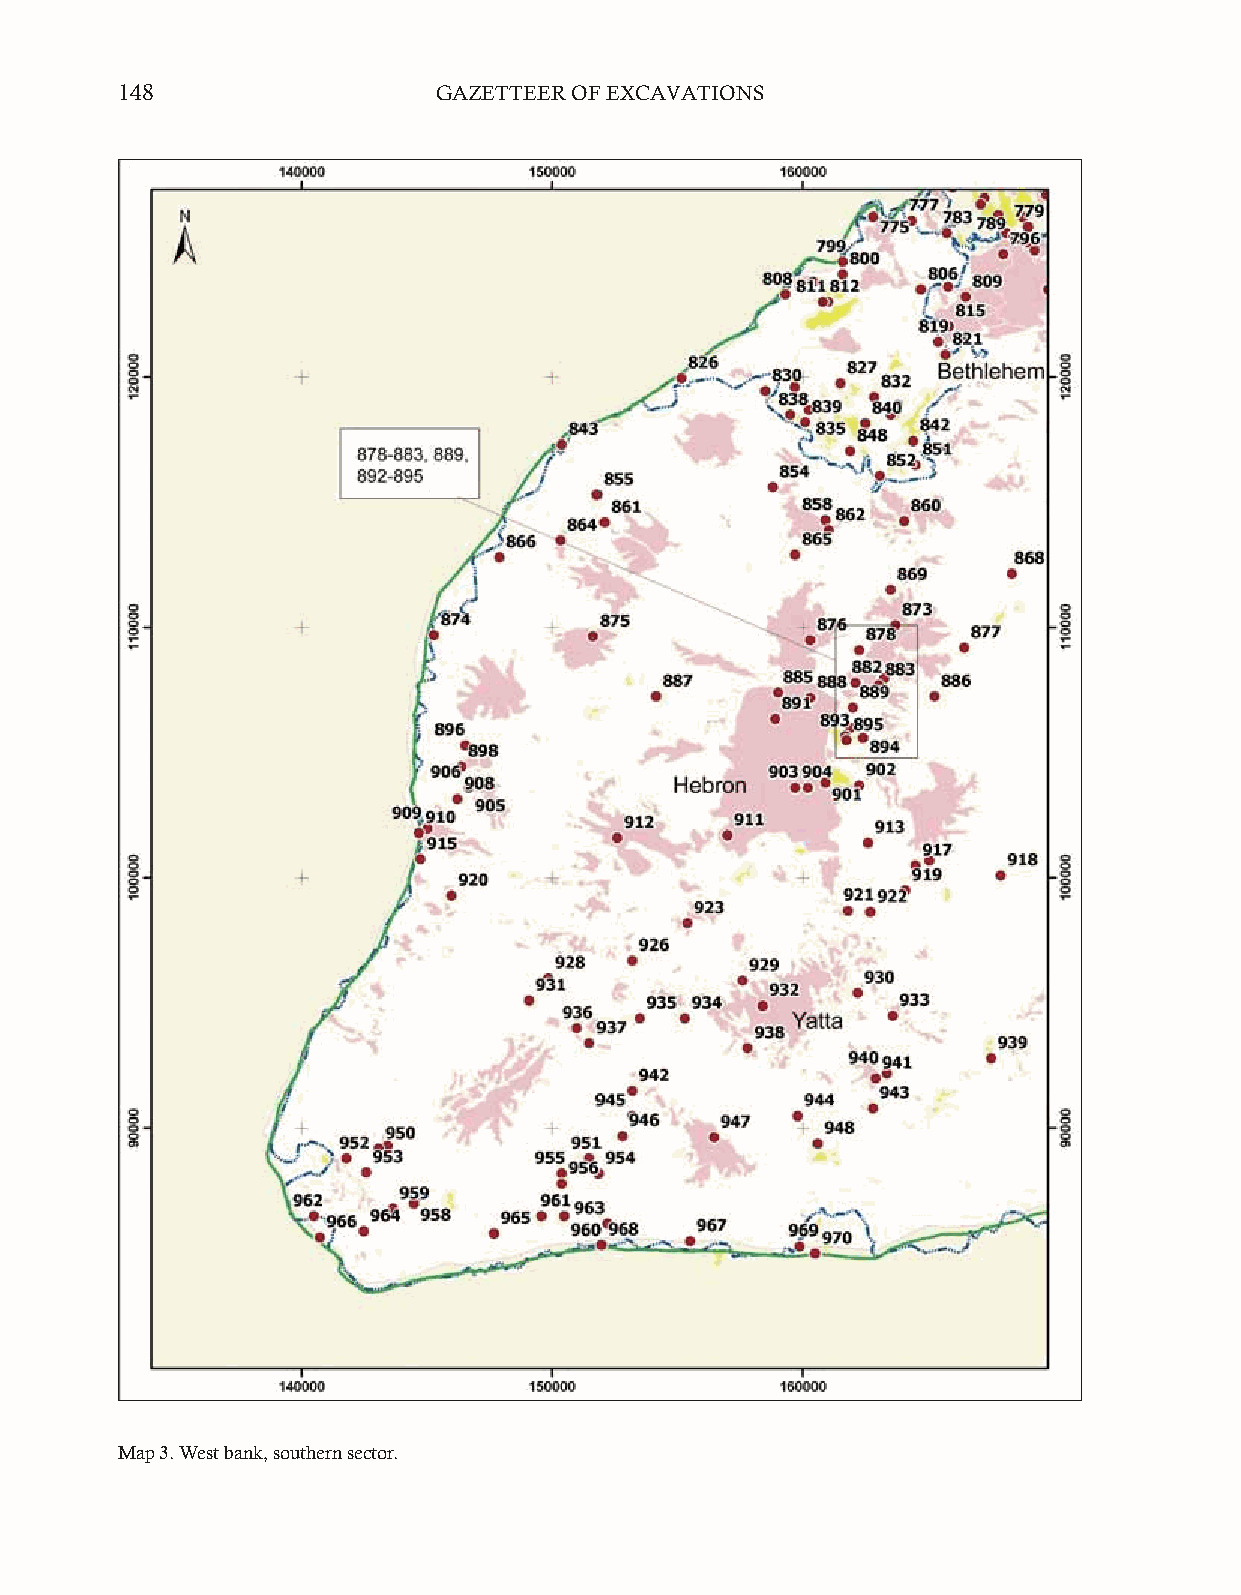
148                  GAZETTEER OF EXCAVATIONS
 Map 3. West bank, southern sector.